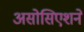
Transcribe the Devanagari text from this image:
असोसिएशने